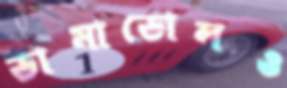
ডামাডোলও